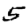
Digit: 5